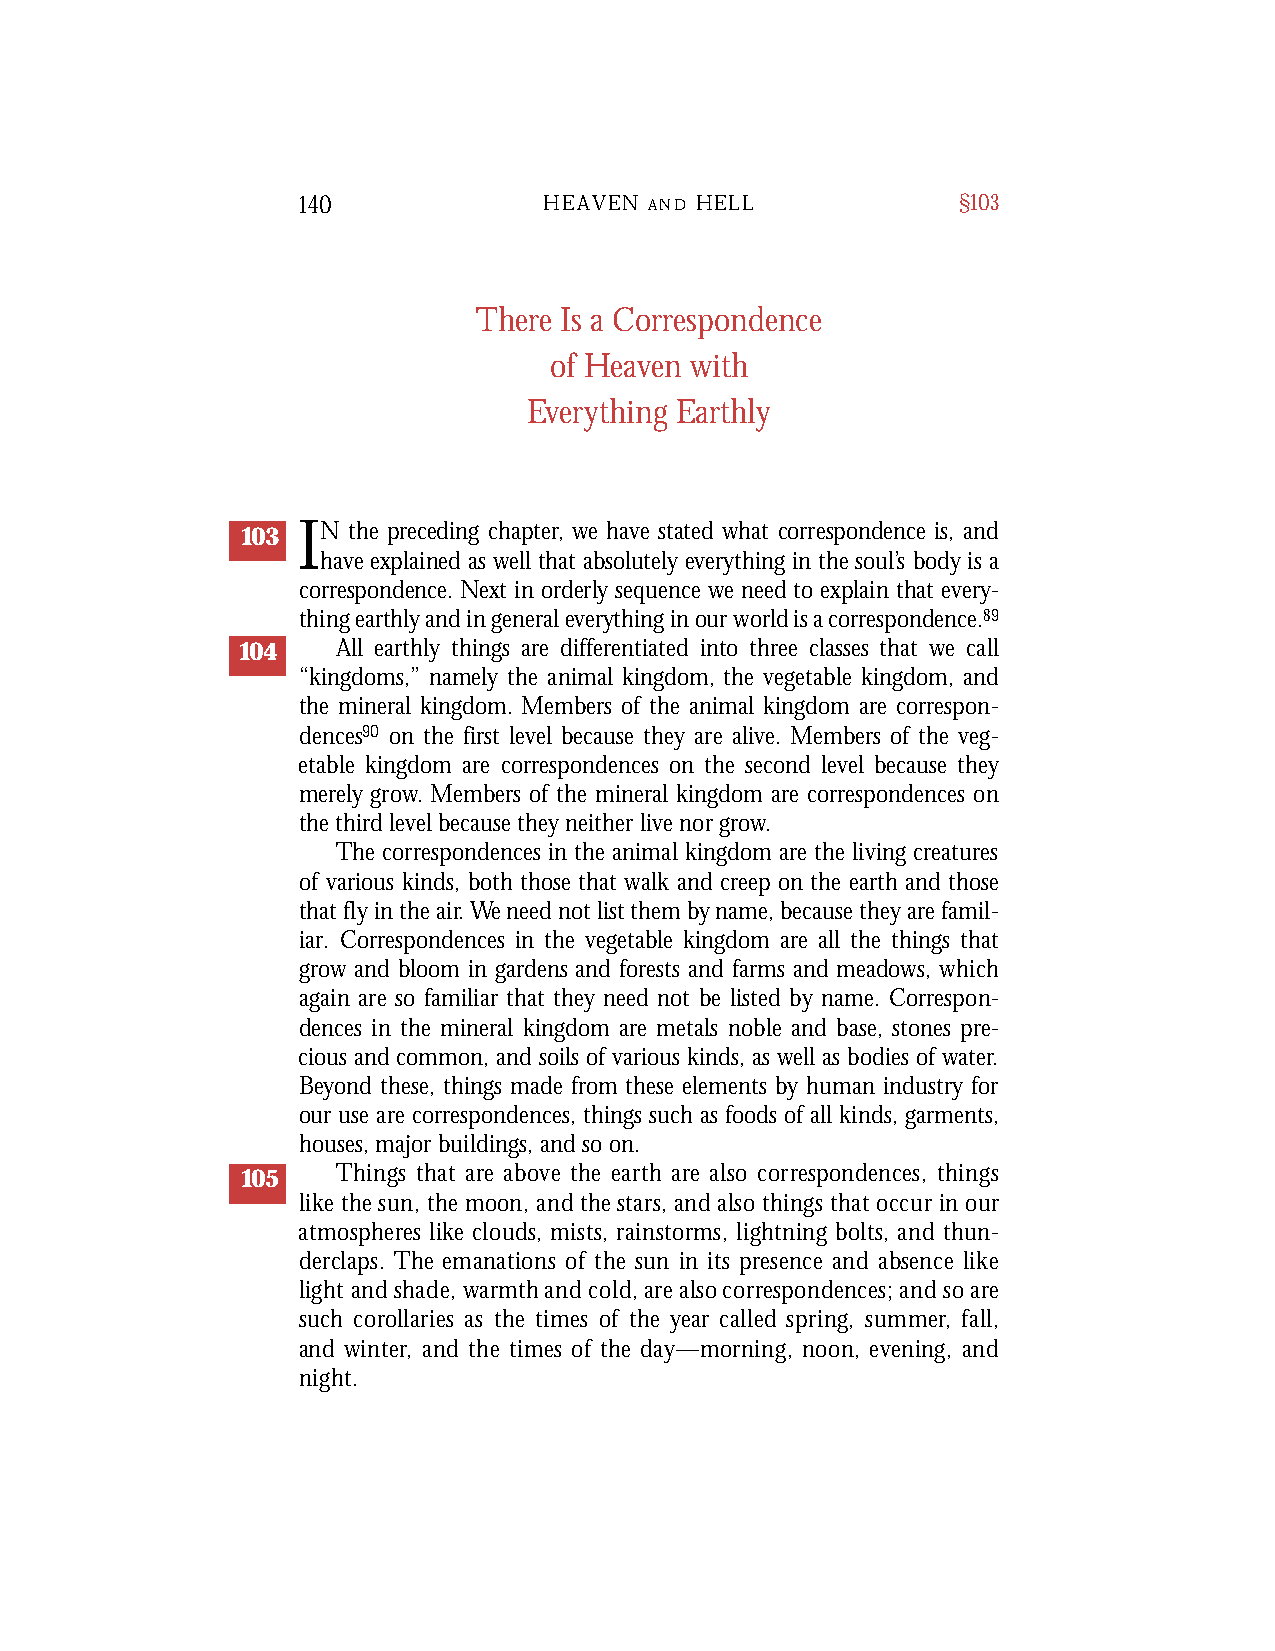
140             HEAVEN A N D H E L L       §103
 There Is a Correspondence
 of Heaven with
 Everything Earthly
 103 IN th e pr ec e d i n g ch a p t e r , we ha v e st a t e d wh a t co r r es p o n d e n c e is , an d
 ha v e ex p l a i n e d as wel l th a t ab s o l u t e l y ev er yt h i n g in th e so u l ’s bo d y is a
 co r r es p o n d e n c e . Nex t in or de r l y se q u e n c e we ne e d to ex p l a i n th a t ev er y-
 th i n g ea r th l y an d in ge n e r a l ev er yt h i n g in ou r wo r l d is aco r r es p o n d e n c e . 89
 104   All earthly things are differentiated into three classes that we call
 “kingdoms,” namely the animal kingdom, the vegetable kingdom, and
 the mineral kingdom. Members of the animal kingdom are correspon-
 dences90 on the first level because they are alive. Members of the veg-
 etable kingdom are correspondences on the second level because they
 merely grow. Members of the mineral kingdom are correspondences on
 the third level because they neither live nor grow.
 The correspondences in the animal kingdom are the living creatures
 of various kinds, both those that walk and creep on the earth and those
 that fly in the air.We need not list them by name, because they are famil-
 iar. Correspondences in the vegetable kingdom are all the things that
 grow and bloom in gardens and forests and farms and meadows, which
 again are so familiar that they need not be listed by name. Correspon-
 dences in the mineral kingdom are metals noble and base, stones pre-
 cious and common, and soils of various kinds, as well as bodies of water.
 Beyond these, things made from these elements by human industry for
 our use are correspondences, things such as foods of all kinds, garments,
 houses, major buildings, and so on.
 105   Things that are above the earth are also correspondences, things
 like the sun, the moon, and the stars, and also things that occur in our
 a t m o s p h e res like clouds, mists, rainstorms, lightning bolts, and thun-
 d e rclaps. The emanations of the sun in its presence and absence like
 light and shade, warmth and cold, are also correspondences; and so are
 such corollaries as the times of the year called spring, summer, fall,
 and winter, and the times of the day—morning, noon, evening, and
 n i g h t .